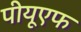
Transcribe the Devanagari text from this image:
पीयूएफ